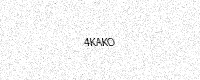
Text: 4KAKO